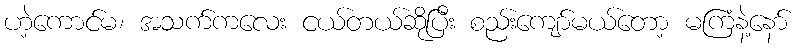
ဟဲ့ကောင်မ၊ အသက်ကလေး ငယ်တယ်ဆိုပြီး စည်းကျော်မယ်တော့ မကြံနဲ့နော်